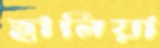
হানিয়া